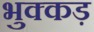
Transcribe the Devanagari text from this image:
भुक्कड़